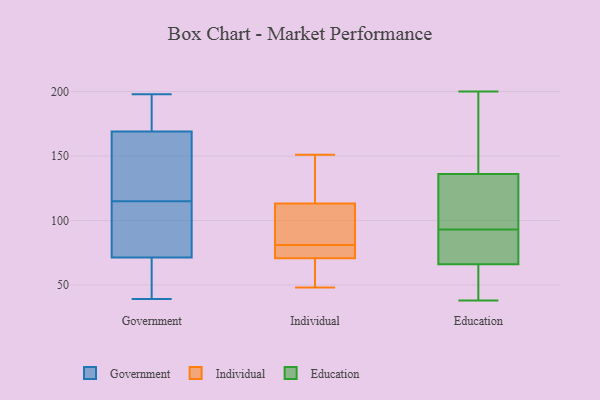
{"axis": {"x": "Budget (USD K)", "y": "Value"}, "legend": ["Education", "Government", "Individual"], "data": [{"x": "", "y": 151, "type": "Government"}, {"x": "", "y": 145, "type": "Government"}, {"x": "", "y": 53, "type": "Government"}, {"x": "", "y": 108, "type": "Government"}, {"x": "", "y": 173, "type": "Government"}, {"x": "", "y": 61, "type": "Government"}, {"x": "", "y": 157, "type": "Government"}, {"x": "", "y": 87, "type": "Government"}, {"x": "", "y": 39, "type": "Government"}, {"x": "", "y": 198, "type": "Government"}, {"x": "", "y": 197, "type": "Government"}, {"x": "", "y": 192, "type": "Government"}, {"x": "", "y": 149, "type": "Government"}, {"x": "", "y": 72, "type": "Government"}, {"x": "", "y": 197, "type": "Government"}, {"x": "", "y": 54, "type": "Government"}, {"x": "", "y": 85, "type": "Government"}, {"x": "", "y": 115, "type": "Government"}, {"x": "", "y": 71, "type": "Government"}, {"x": "", "y": 104, "type": "Individual"}, {"x": "", "y": 49, "type": "Individual"}, {"x": "", "y": 143, "type": "Individual"}, {"x": "", "y": 76, "type": "Individual"}, {"x": "", "y": 116, "type": "Individual"}, {"x": "", "y": 69, "type": "Individual"}, {"x": "", "y": 76, "type": "Individual"}, {"x": "", "y": 48, "type": "Individual"}, {"x": "", "y": 81, "type": "Individual"}, {"x": "", "y": 151, "type": "Individual"}, {"x": "", "y": 105, "type": "Individual"}, {"x": "", "y": 38, "type": "Education"}, {"x": "", "y": 74, "type": "Education"}, {"x": "", "y": 200, "type": "Education"}, {"x": "", "y": 102, "type": "Education"}, {"x": "", "y": 162, "type": "Education"}, {"x": "", "y": 61, "type": "Education"}, {"x": "", "y": 66, "type": "Education"}, {"x": "", "y": 122, "type": "Education"}, {"x": "", "y": 84, "type": "Education"}, {"x": "", "y": 136, "type": "Education"}]}